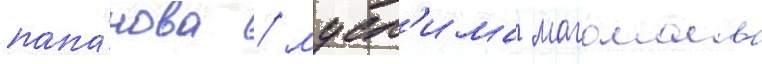
папа́нова / мусл'има магомаева